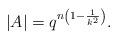
LaTeX: \begin{align*}|A|=q^{n\left(1-\frac{1}{k^{2}}\right)}.\end{align*}